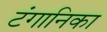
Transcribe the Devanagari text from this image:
टंगानिका